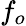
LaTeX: f_{o}